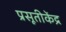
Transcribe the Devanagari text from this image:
प्रसूतीकेंद्र